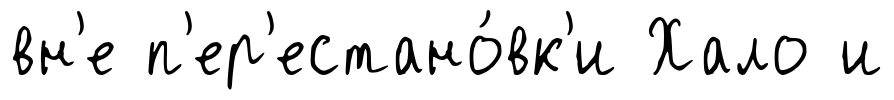
вн'е п'ер'естано́вк'и Хало и